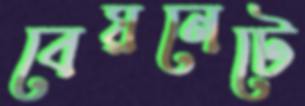
বেয়নেটে